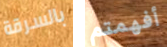
بالسرقة أفهمتم